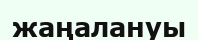
жаңалануы